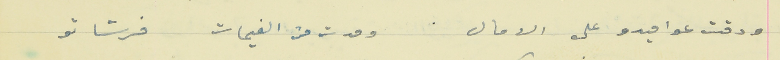
ودقت عواميدو على الامال                                 ومدت من الغيمات فرشاتو